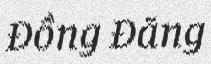
Đồng Đăng